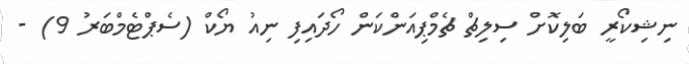
ނިޝިކޯރީ ބަލިކޮށް ސިލިޗް ޗެމްޕިއަންކަން ހޯދައިފި ނިއު ޔޯކް (ސެޕްޓެމްބަރު 9) -